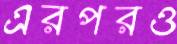
এরপরও